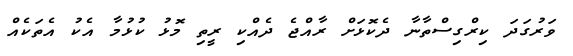
ވަރުގަދަ ކިރްގިސްތާނާ ދެކޮޅަށް ރާއްޖެ ދެއްކި ރީތި މޮޅު ކުޅުމާ އެކު އެތަކެއް